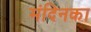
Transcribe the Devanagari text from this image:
मंदिनका